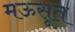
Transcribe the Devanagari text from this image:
मऊसूत